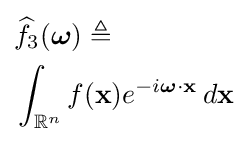
{\begin{aligned}&{\widehat {f}}_{3}({\boldsymbol {\omega }})\triangleq \\&\int _{\mathbb {R} ^{n}}f(\mathbf {x} )e^{-i{\boldsymbol {\omega }}\cdot \mathbf {x} }\,d\mathbf {x} \end{aligned}}